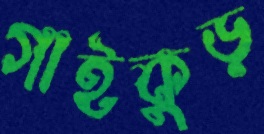
গাইকুড়